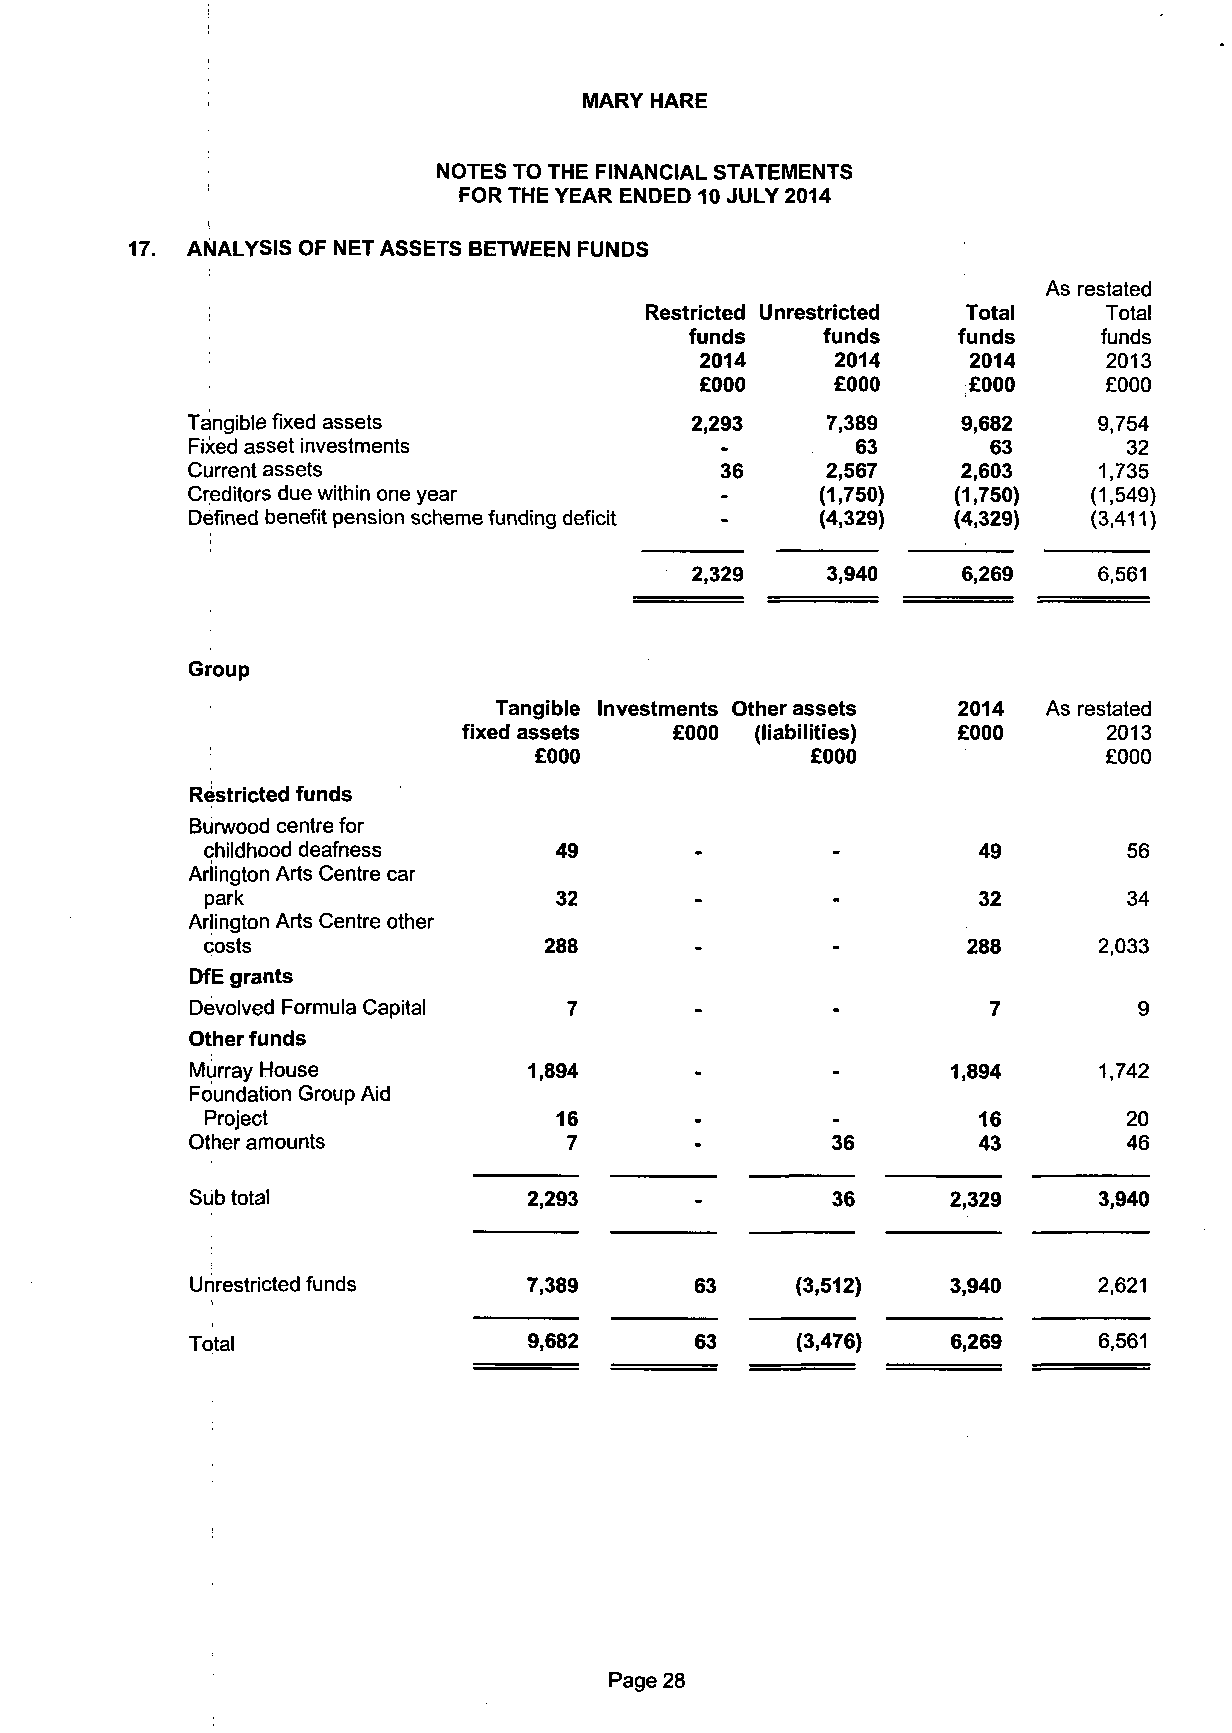
MARY HARE
 NOTES TO THE FINANCIAL STATEMENTS
 FOR THE YEAR ENDED 10 JULY 2014
 ANALYSIS OF NET ASSETS BETWEEN FUNDS
 As restated
 Restricted Unrestricted Total Total
 funds   funds    funds     funds
 2014     2014     2014     2013
 £000     £000     £000     £000
 Tangible fixed assets             2,293    7,389    9,682    9,754
 Fixed asset investments             •        63       63       32
 Current assets                      36     2,567    2,603    1,735
 Creditors due within one year       -     (1,750)  (1,750)  (1,549)
 Defined benefit pension scheme funding deficit - (4,329) (4,329) (3,411)
 2,329    3,940    6,269    6,561
 Group
 Tangible Investments Other assets 2014 As restated
 fixed assets £000  (liabilities) £000     2013
 £000               £000               £000
 Restricted funds
 Burwood centre for
 childhood deafness     49                -         49        56
 Arlington Arts Centre car
 park                   32       -        -         32        34
 Arlington Arts Centre other
 costs                 288       -        -        288      2,033
 DfE grants
 Devolved Formula Capital 7       -        -          7        9
 Other funds
 Murray House          1,894      -        -       1,894     1,742
 Foundation Group Aid
 Project                16       -        -         16        20
 Other amounts            7       -        36        43        46
 Sub total             2,293      -        36      2,329     3,940
 Unrestricted funds    7,389      63     (3,512)   3,940     2,621
 Total                 9,682      63     (3,476)   6,269     6,561
 Page 28